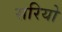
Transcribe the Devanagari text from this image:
सरियो